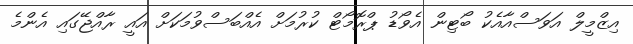
އިޒްމީލް އަވަސްއާއެކު ބޯޓިން އެވޯޑު ޕްރޮމޯޓް ކުރުމަށް އެއްބަސްވުމަކަށް އައީ ރާއްޖޭގައި އެންމެ